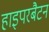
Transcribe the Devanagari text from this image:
हाइपरबैटन